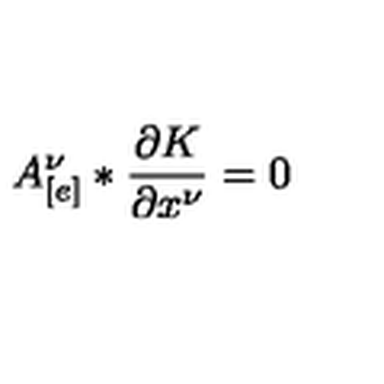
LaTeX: A _ { [ e ] } ^ { \nu } * \frac { \partial K } { \partial x ^ { \nu } } = 0